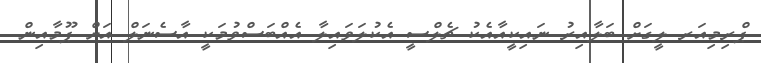
ޕްރިމިއަރ ލީގަށް ބަލާއިރު ނައިކީއާއެކު ޗެލްސީ އެކުލަވައިލާ އެއްބަސްވުމަކީ އާސެނަލް އަށް ޕޫމާއިން